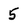
Character: 5